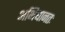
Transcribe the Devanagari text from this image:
अभिधानतः